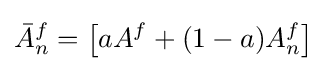
{\bar {A}}_{n}^{f}=\left[aA^{f}+(1-a)A_{n}^{f}\right]